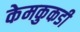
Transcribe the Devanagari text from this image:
केमकुकडी